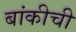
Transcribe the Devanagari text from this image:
बांकीची